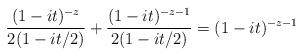
LaTeX: \begin{align*}\frac{(1-it)^{-z}}{2(1-it/2)} + \frac{(1-it)^{-z-1}}{2(1-it/2)} = (1-it)^{-z-1}\end{align*}